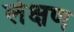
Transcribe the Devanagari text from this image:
लेक्षण